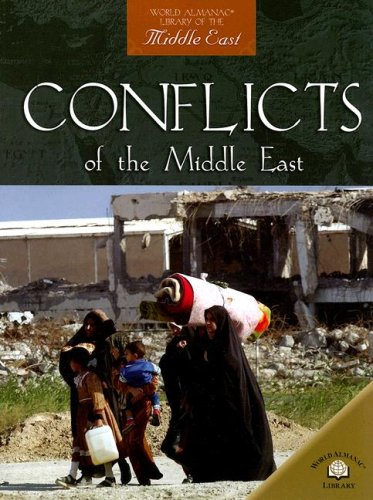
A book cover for Conflicts of the Middle East (World Almanac Library of the Middle East); David Downing; Children's Books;